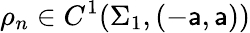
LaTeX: \rho_{n}\in C^{1}(\Sigma_{1},(-\mathsf{a},\mathsf{a}))